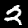
Label: 2